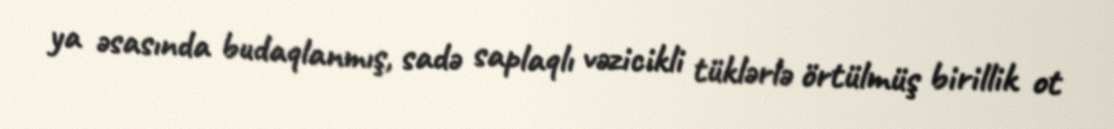
ya əsasında budaqlanmış, sadə saplaqlı vəzicikli tüklərlə örtülmüş birillik ot